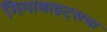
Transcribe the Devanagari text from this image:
गिगाबाइट्सचा